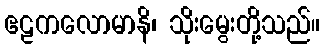
ဧဠကလောမာနိ၊ သိုးမွေးတို့သည်။